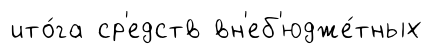
ито́га ср'едств вн'еб'юдже́тных